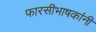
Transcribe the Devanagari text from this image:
फारसीभाषकांनी